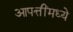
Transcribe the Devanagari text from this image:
आपत्तींमध्ये